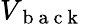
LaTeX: V_{\mathrm{~b~a~c~k~}}